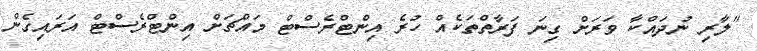
"ލާރި ނުދައްކާ ވަރަށް ގިނަ ފަރާތްތަކެއް ހުރެ އިންޓްރެސްޓް މައްޗަށް އިންޓްރެސްޓް އަރައިގެން